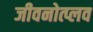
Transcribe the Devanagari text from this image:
जीवनोत्प्लव